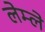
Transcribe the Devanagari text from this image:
लेम्ले